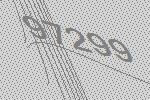
97299